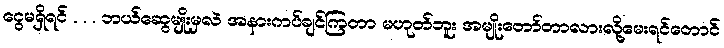
ငွေမရှိရင် . . . ဘယ်ဆွေမျိုးမှလဲ အနားကပ်ချင်ကြတာ မဟုတ်ဘူး အမျိုးတော်တာလားလို့မေးရင်တောင်